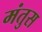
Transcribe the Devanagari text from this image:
मंतुस